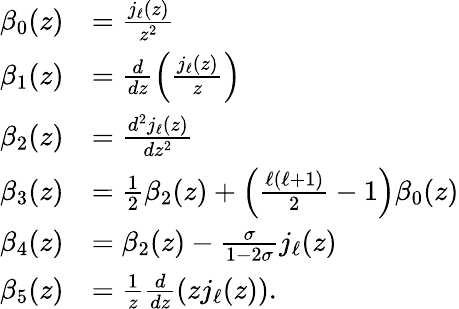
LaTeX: \begin{array}{rl}{\beta_{0}(z)}&{=\frac{j_{\ell}(z)}{z^{2}}}\\ {\beta_{1}(z)}&{=\frac{d}{dz}\left(\frac{j_{\ell}(z)}{z}\right)}\\ {\beta_{2}(z)}&{=\frac{d^{2}j_{\ell}(z)}{dz^{2}}}\\ {\beta_{3}(z)}&{=\frac{1}{2}\beta_{2}(z)+\left(\frac{\ell(\ell+1)}{2}-1\right)\beta_{0}(z)}\\ {\beta_{4}(z)}&{=\beta_{2}(z)-\frac{\sigma}{1-2\sigma}j_{\ell}(z)}\\ {\beta_{5}(z)}&{=\frac 1z\frac{d}{dz}(zj_{\ell}(z)).}\end{array}